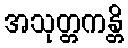
အသုတ္တကန္တိ